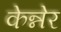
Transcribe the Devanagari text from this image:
केन्नेर